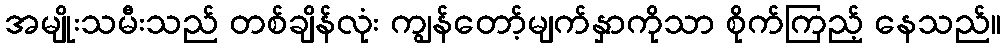
အမျိုးသမီးသည် တစ်ချိန်လုံး ကျွန်တော့်မျက်နှာကိုသာ စိုက်ကြည့် နေသည်။